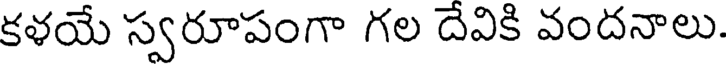
కళయే స్వరూపంగా గల దేవికి వందనాలు.